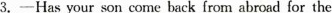
3. ---Has your son come back from abroad for the